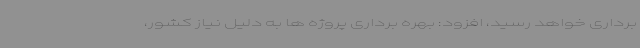
برداری خواهد رسید، افزود: بهره برداری پروژه ها به دلیل نیاز کشور،